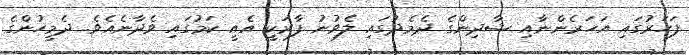
ފަހަރުގައި އަހަރެންނާއި ޝާދިންގެ ދެމެދުގައި ލެވުނު ފާރަކީ އެއީ ކަމުގައި ވެދާނެއެވެ. ދެމީހުންގެ